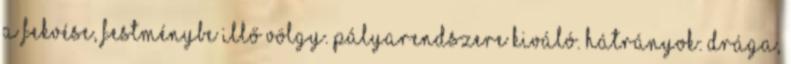
a fekvése, festménybe illő völgy. Pályarendszere kiváló. Hátrányok: Drága,